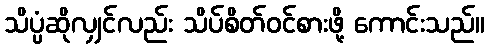
သိပ္ပံဆိုလျှင်လည်း သိပ်စိတ်ဝင်စားဖို့ ကောင်းသည်။